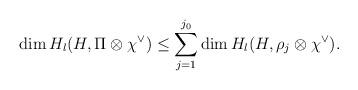
LaTeX: \begin{align*}\dim H_l(H,\Pi\otimes\chi^{\vee})\le \sum_{j=1}^{j_0}\dim H_l(H,\rho_j\otimes\chi^{\vee}).\end{align*}